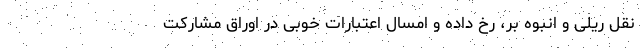
نقل ریلی و انبوه بر، رخ داده و امسال اعتبارات خوبی در اوراق مشارکت